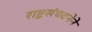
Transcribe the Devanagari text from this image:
राष्ट्रसंघटनेने